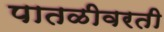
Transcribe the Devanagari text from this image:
पातळीवरती